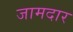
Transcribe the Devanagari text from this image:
जामदार